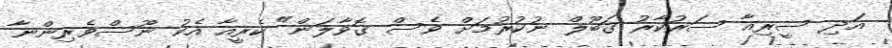
އަދި ސީރިއާ ސަރުކާރު ގަބޫލް ނުކުރުމަށް ވެސް ގޮވާލަން" ކެރީއާ އެކު ނޫސްވެރިންނާ